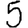
Digit: 5